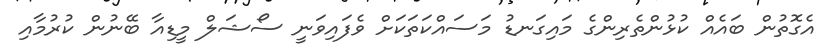
އެގޮތުން ބައެއް ކުޅުންތެރިންގެ މައިގަނޑު މަސައްކަތަކަށް ވެފައިވަނީ ސޯޝަލް މީޑިއާ ބޭނުން ކުރުމާއި